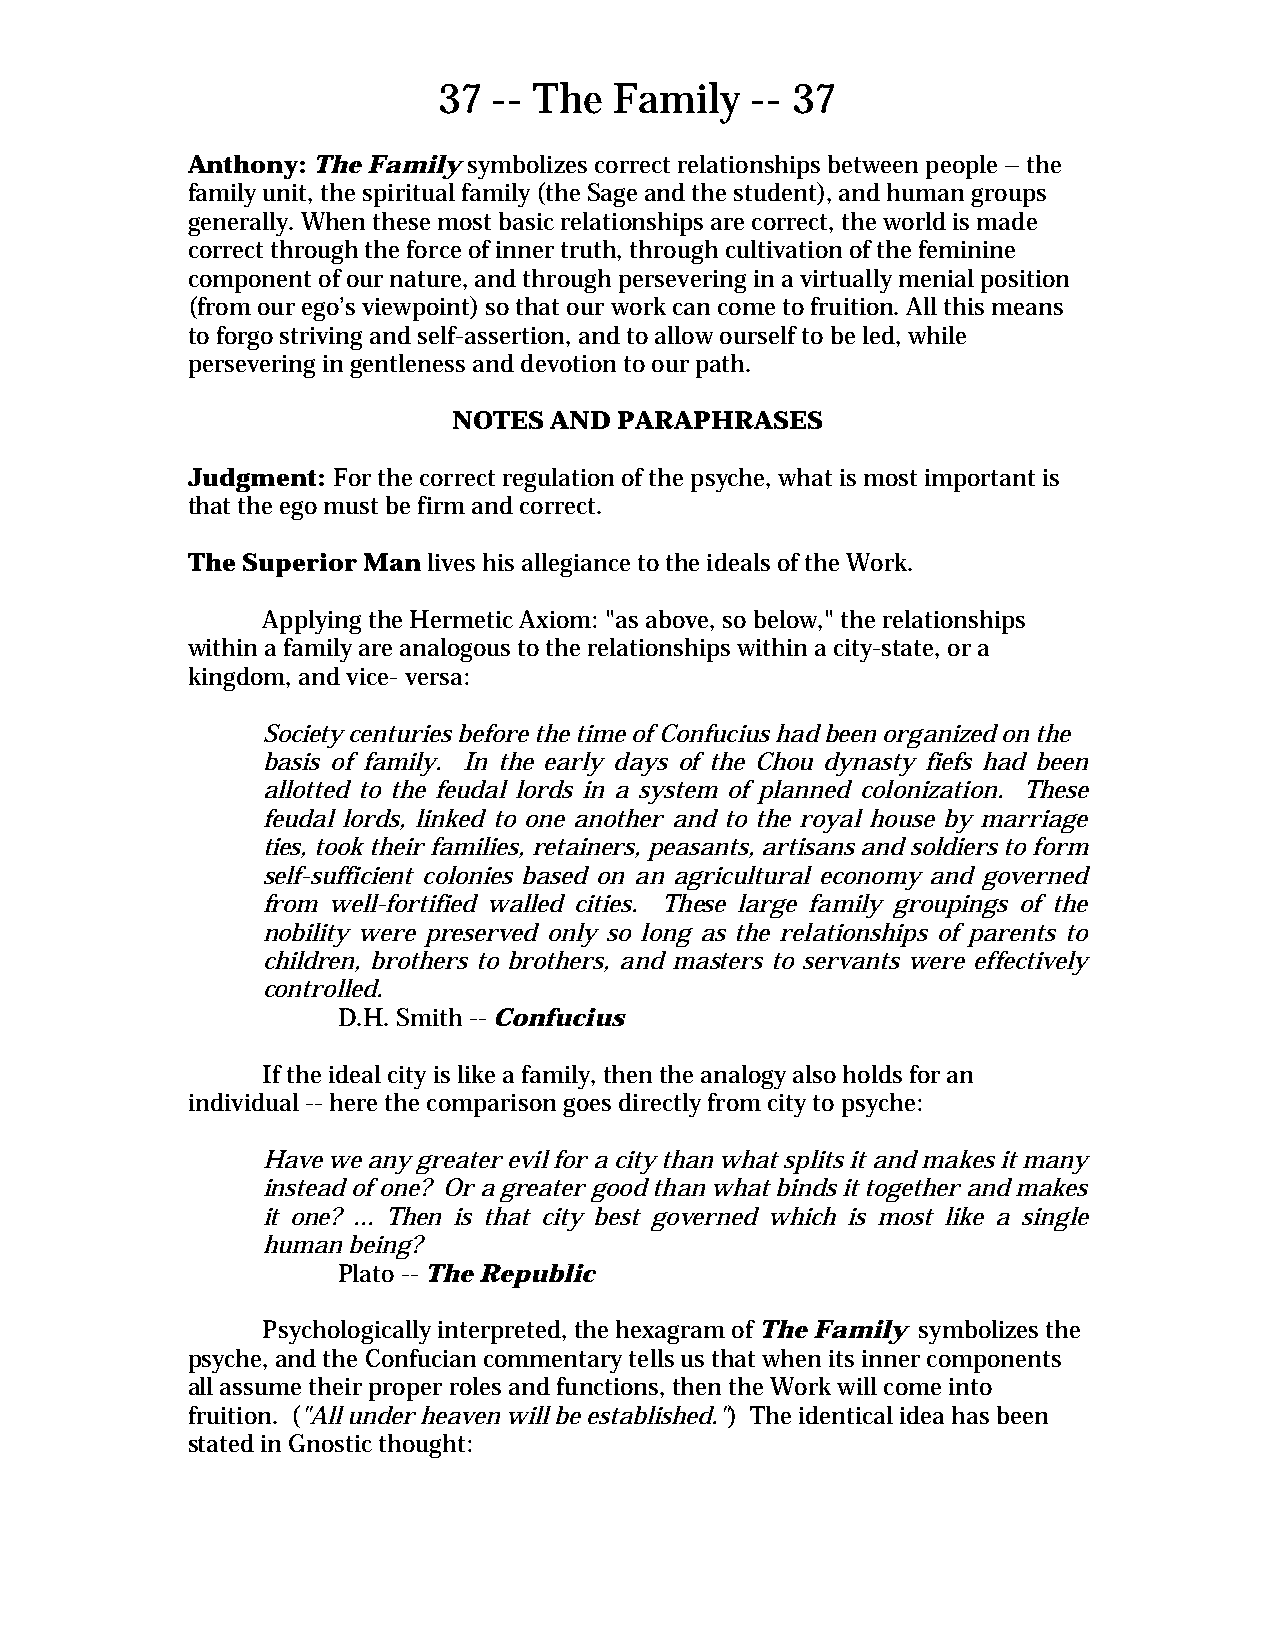
37  -- The  Family   -- 37
 Anthony: The Family symbolizes correct relationships between people – the
 family unit, the spiritual family (the Sage and the student), and human groups
 generally. When these most basic relationships are correct, the world is made
 correct through the force of inner truth, through cultivation of the feminine
 component of our nature, and through persevering in a virtually menial position
 (from our ego’s viewpoint) so that our work can come to fruition. All this means
 to forgo striving and self-assertion, and to allow ourself to be led, while
 persevering in gentleness and devotion to our path.
 NOTES AND  PARAPHRASES
 Judgment: For the correct regulation of the psyche, what is most important is
 that the ego must be firm and correct.
 The Superior Man lives his allegiance to the ideals of the Work.
 Applying the Hermetic Axiom: "as above, so below," the relationships
 within a family are analogous to the relationships within a city-state, or a
 kingdom, and vice- versa:
 Society centuries before the time of Confucius had been organized on the
 basis of family. In the early days of the Chou dynasty fiefs had been
 allotted to the feudal lords in a system of planned colonization. These
 feudal lords, linked to one another and to the royal house by marriage
 ties, took their families, retainers, peasants, artisans and soldiers to form
 self-sufficient colonies based on an agricultural economy and governed
 from well-fortified walled cities. These large family groupings of the
 nobility were preserved only so long as the relationships of parents to
 children, brothers to brothers, and masters to servants were effectively
 controlled.
 D.H. Smith -- Confucius
 If the ideal city is like a family, then the analogy also holds for an
 individual -- here the comparison goes directly from city to psyche:
 Have we any greater evil for a city than what splits it and makes it many
 instead of one? Or a greater good than what binds it together and makes
 it one? ... Then is that city best governed which is most like a single
 human being?
 Plato -- The Republic
 Psychologically interpreted, the hexagram of The Family symbolizes the
 psyche, and the Confucian commentary tells us that when its inner components
 all assume their proper roles and functions, then the Work will come into
 fruition. ("All under heaven will be established.") The identical idea has been
 stated in Gnostic thought: